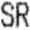
SR